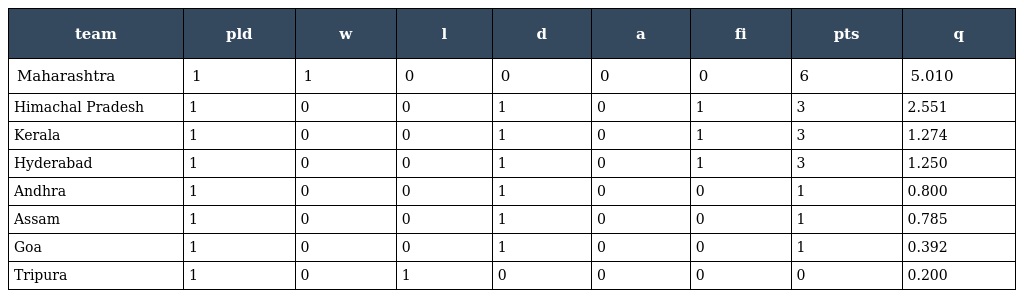
| team | pld | w | l | d | a | fi | pts | q |
 | --- | --- | --- | --- | --- | --- | --- | --- | --- |
 | Maharashtra | 1 | 1 | 0 | 0 | 0 | 0 | 6 | 5.010 |
 | Himachal Pradesh | 1 | 0 | 0 | 1 | 0 | 1 | 3 | 2.551 |
 | Kerala | 1 | 0 | 0 | 1 | 0 | 1 | 3 | 1.274 |
 | Hyderabad | 1 | 0 | 0 | 1 | 0 | 1 | 3 | 1.250 |
 | Andhra | 1 | 0 | 0 | 1 | 0 | 0 | 1 | 0.800 |
 | Assam | 1 | 0 | 0 | 1 | 0 | 0 | 1 | 0.785 |
 | Goa | 1 | 0 | 0 | 1 | 0 | 0 | 1 | 0.392 |
 | Tripura | 1 | 0 | 1 | 0 | 0 | 0 | 0 | 0.200 |